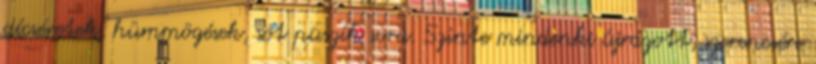
dícséretek, hümmögések, sőt puszik sora. Szinte mindenki újrázott, szerencsére